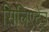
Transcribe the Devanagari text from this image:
सिलिएटेउ